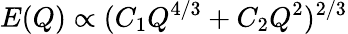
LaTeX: E(Q)\propto(C_{1}Q^{4/3}+C_{2}Q^{2})^{2/3}